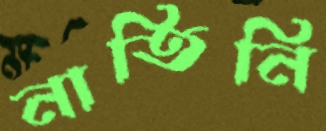
নাতিনি